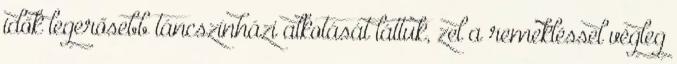
idők legerősebb táncszínházi alkotását láttuk, zel a remekléssel végleg